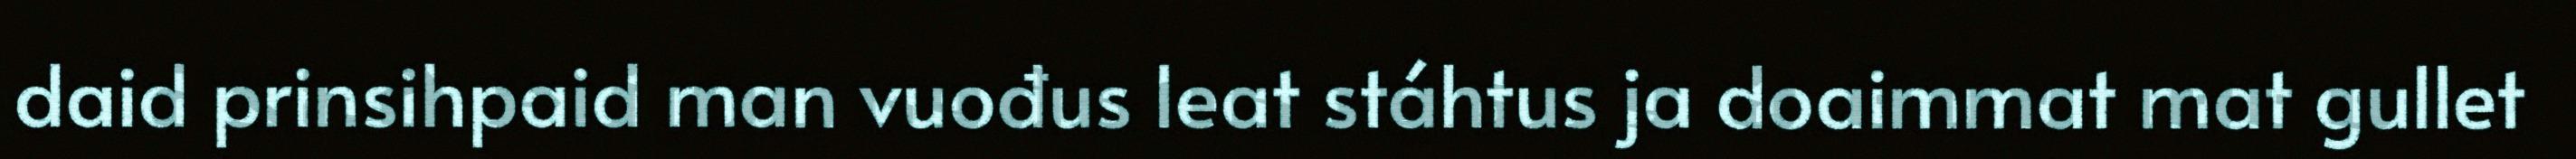
daid prinsihpaid man vuođus leat stáhtus ja doaimmat mat gullet